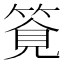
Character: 𥰖